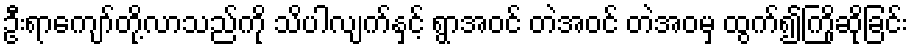
ဦးရာကျော်တို့လာသည်ကို သိပါလျက်နှင့် ရွာအဝင် တဲအဝင် တဲအဝမှ ထွက်၍ကြိုဆိုခြင်း